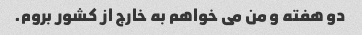
دو هفته و من می خواهم به خارج از کشور بروم.